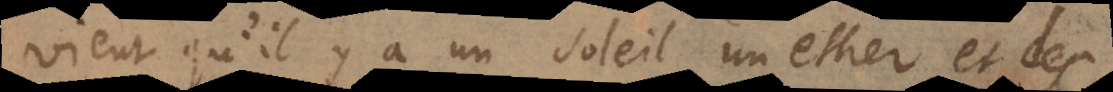
vient qu’il y a un soleil, un ether et des